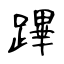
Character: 蹕